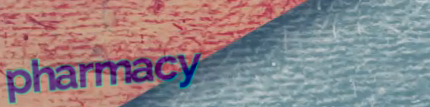
pharmacy